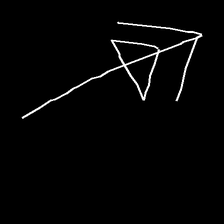
Glyph: pull